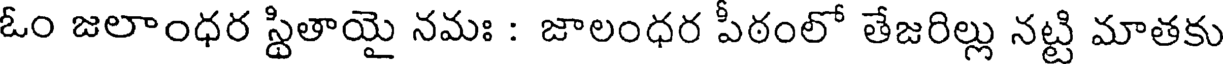
ఓం జలాంధర స్థితాయై నమః : జాలంధర పీఠంలో తేజరిల్లు నట్టి మాతకు